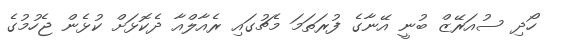
ހޯދި ސުއަރޭޒް ބުނީ އޭނާގެ ފުރަތަމަ މެޗުގައި ރެއާލްއާ ދެކޮޅަށް ކުޅެން ޖެހުމުގެ